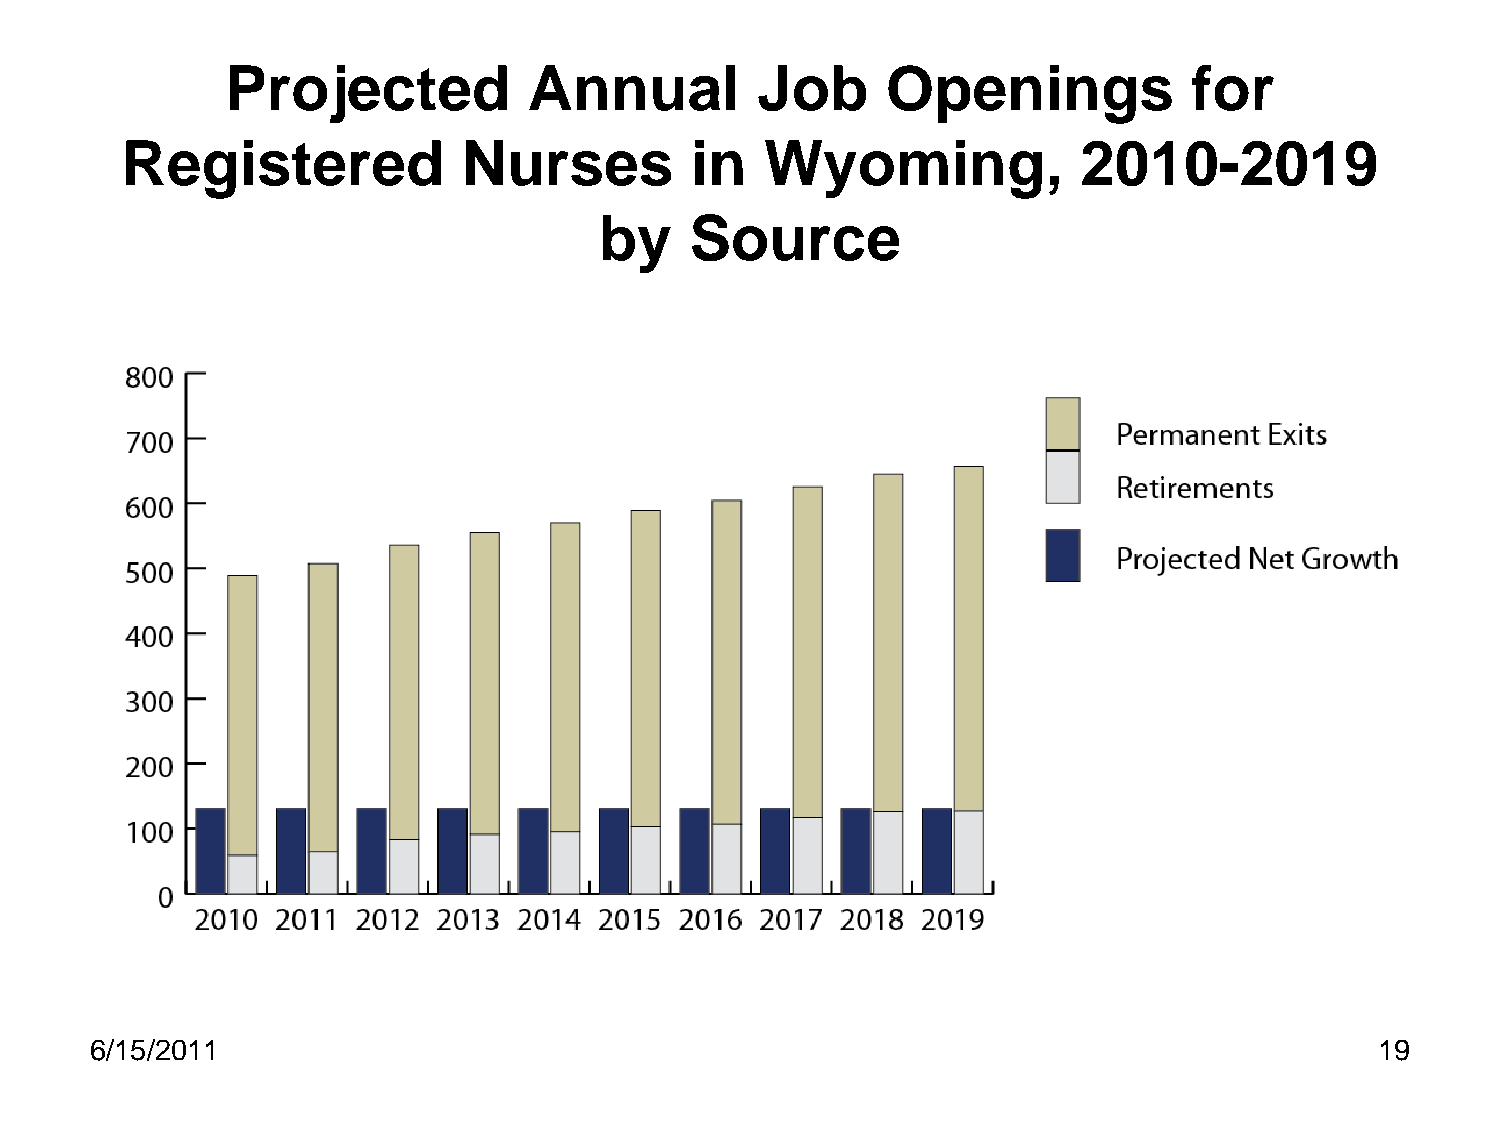
Projected           Annual         Job      Openings            for
 Registered             Nurses         in   Wyoming,            2010-2019
 by    Source
 6/15/2011                                                                            19